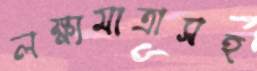
লক্ষ্যমাত্রাসহ